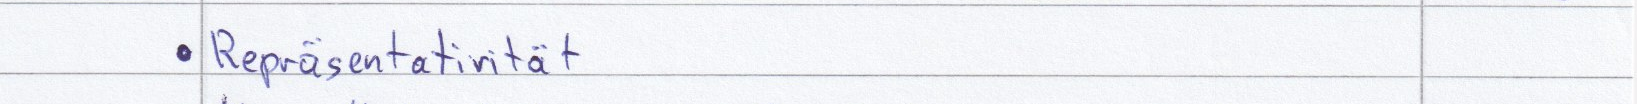
Repräsentativität